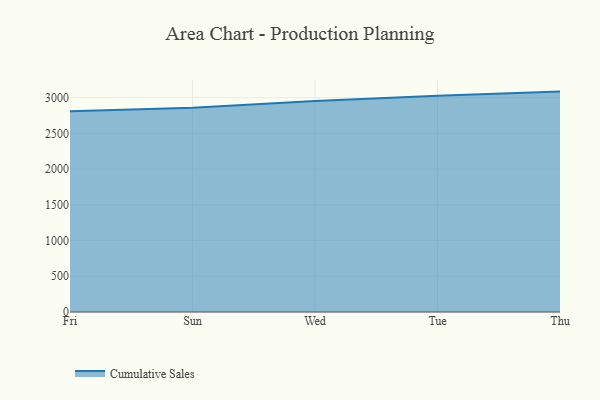
{"axis": {"x": "Day", "y": "Headcount"}, "legend": ["Cumulative Sales"], "data": [{"x": "Fri", "y": 2809.6, "type": "Cumulative Sales"}, {"x": "Sun", "y": 2858.5, "type": "Cumulative Sales"}, {"x": "Wed", "y": 2953.1, "type": "Cumulative Sales"}, {"x": "Tue", "y": 3026.5, "type": "Cumulative Sales"}, {"x": "Thu", "y": 3084.3, "type": "Cumulative Sales"}]}